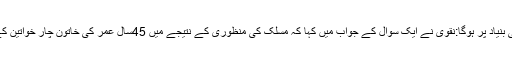
خواتین کے محرم کے بغیر سفر پر فیصلہ مسلک کی بنیاد پر ہوگا:نقوی نے ایک سوال کے جواب میں کہا کہ مسلک کی منظوری کے نتیجے میں 45سال عمر کی خاتون چار خواتین کے گروپ میں بغیر محرم سے سفرحج کرسکیں گی ۔